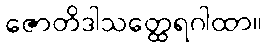
ဇောတိဒါသတ္ထေရဂါထာ။